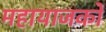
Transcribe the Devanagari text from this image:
महायाजकों